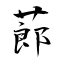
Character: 蓈